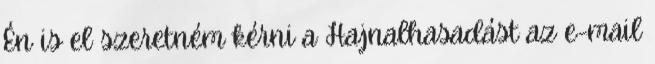
Én is el szeretném kérni a Hajnalhasadást az e-mail